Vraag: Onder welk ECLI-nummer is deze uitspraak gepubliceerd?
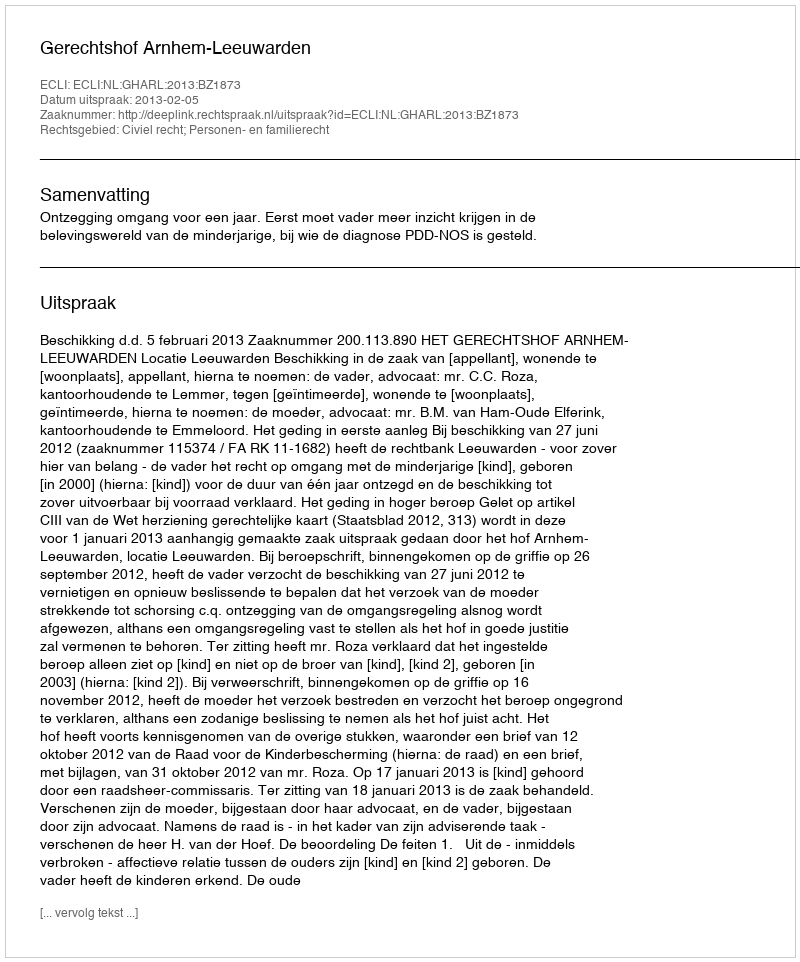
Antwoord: ECLI:NL:GHARL:2013:BZ1873